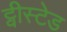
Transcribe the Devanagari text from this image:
ट्वीस्टेड